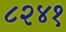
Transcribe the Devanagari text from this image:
८२४१